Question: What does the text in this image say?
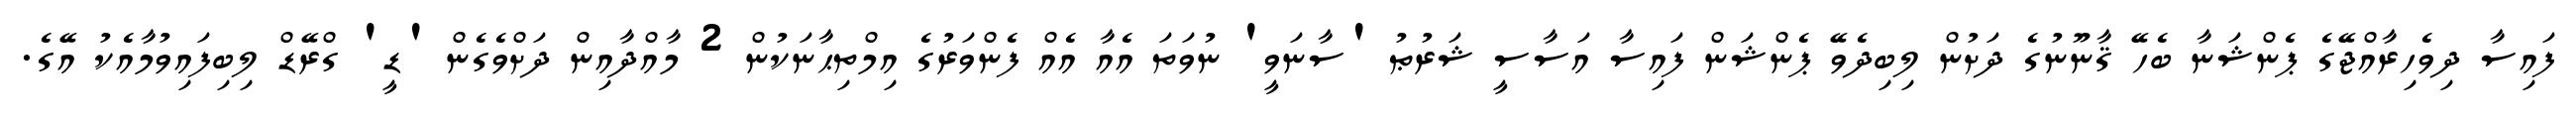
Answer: ފައިސާ ދިވެހިރާއްޖޭގެ ޕެންޝަނާ ބެހޭ ޤާނޫނުގެ ދަށުން ލިބިދެވޭ ޕެންޝަން ފައިސާ އަސާސީ ޝަރުޠު 'ސާނަވީ' ނުވަތަ އެއާ އެއް ފެންވަރުގެ އިމްތިޙާނަކުން 2 މާއްދާއިން ދަށްވެގެން 'ޑީ' ގްރޭޑް ލިބިފައިވުމާއެކު އޭގެ.